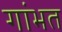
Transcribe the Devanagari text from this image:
गांभत